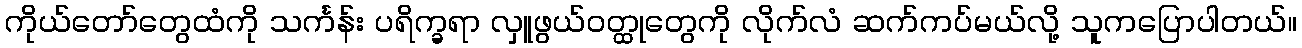
ကိုယ်တော်တွေထံကို သင်္ကန်း ပရိက္ခရာ လှူဖွယ်ဝတ္ထုတွေကို လိုက်လံ ဆက်ကပ်မယ်လို့ သူကပြောပါတယ်။